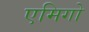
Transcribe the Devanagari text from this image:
एमिगो